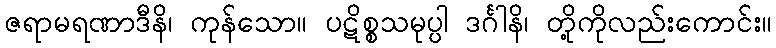
ဇရာမရဏာဒီနိ၊ ကုန်သော။ ပဋိစ္စသမုပ္ပါ ဒင်္ဂါနိ၊ တို့ကိုလည်းကောင်း။